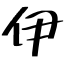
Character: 伊